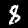
Digit: 8